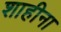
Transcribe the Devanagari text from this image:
शाहीना